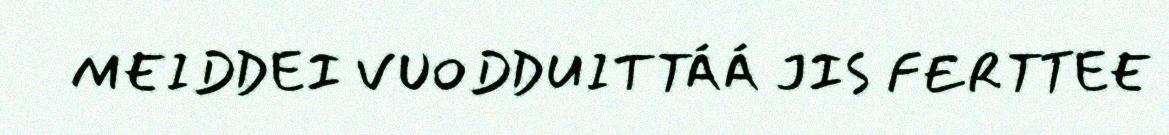
MEIDDEI VUODDUITTÁÁ JIS FERTTEE